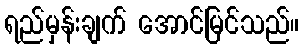
ရည်မှန်းချက် အောင်မြင်သည်။